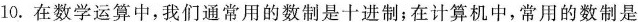
10.在数学运算中，我们通常用的数制是十进制；在计算机中，常用的数制是